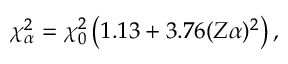
\chi _ { \alpha } ^ { 2 } = \chi _ { 0 } ^ { 2 } \left( 1 . 1 3 + 3 . 7 6 ( Z \alpha ) ^ { 2 } \right) ,